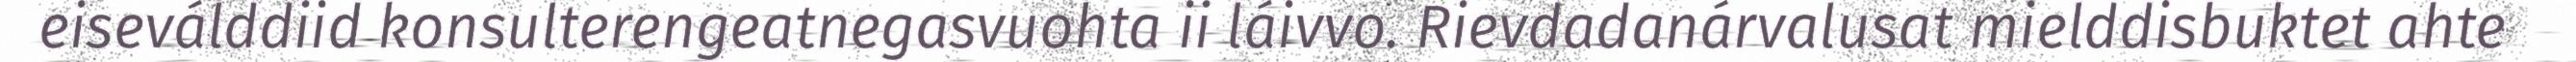
eiseválddiid konsulterengeatnegasvuohta ii láivvo. Rievdadanárvalusat mielddisbuktet ahte